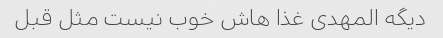
دیگه المهدی غذا هاش خوب نیست مثل قبل